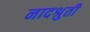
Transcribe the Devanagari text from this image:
नादश्रुती